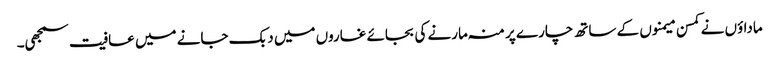
ماداؤں نے کمسن میمنوں کے ساتھ چارے پر منہ مارنے کی بجائے غاروں میں دبک جانے میں عافیت سمجھی۔